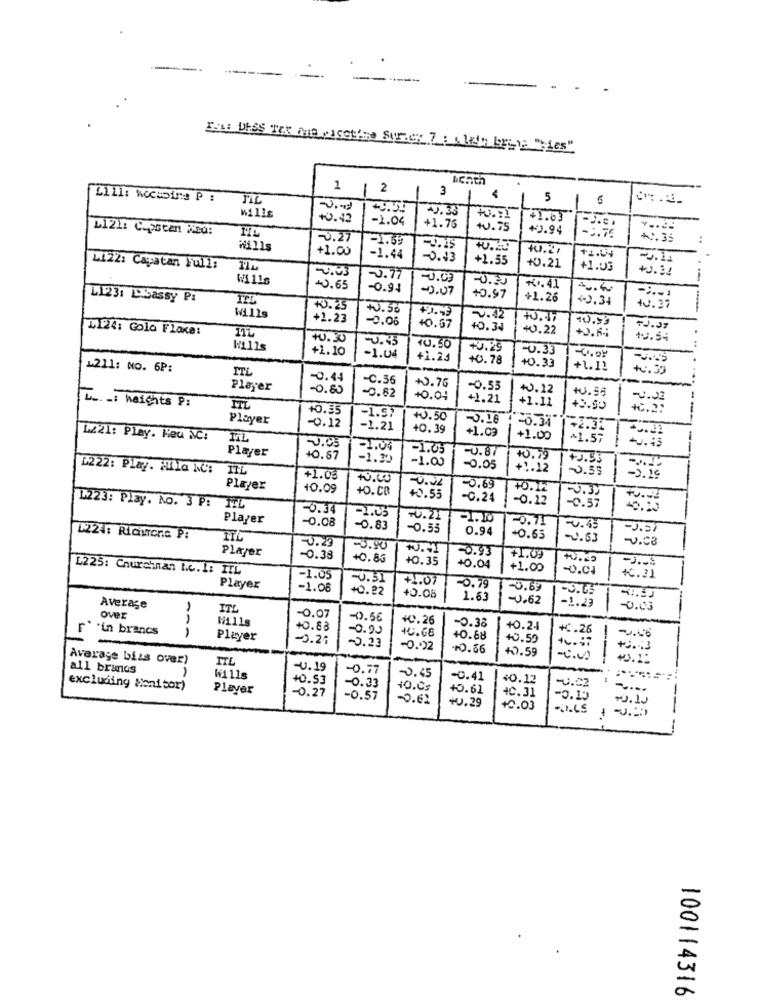
------
Eas DESS TAX Ant Nicotine Suricy 7: sixth breve "Les"
1
1 2
3
Lill: wecabine P :
TIL
5
.,
Wills
20.33
1
+0 .42
-2.04
+1.63
L121: Cepoten Na:
+1.75
+0.75
+2.94
-0.27
-1.39
-3.76
+1.35
+1.00
10.27
-1.44
-0.73
+2.55
+2.04
1422: Capatan Full:
+0.21
+1.03
+0.32
W1116
-0.77
-0.03
-0.30
+0.65
-0.91
-0.07
+7.41
L123: L.Sassy P:
+0.97
+1.26
+0.34
+0.56
V.42
40. 37
Wills
+1.23
-0.06
10.59
L124: Gola Flake:
40.67
40.34
40.22
+ J . R.
72.03
+0.30
-0.35
tu.5
+1.10
10.50
+0.29
20.33
-
-1.04
+1.23
+0.78
1211: NO. 6P:
TTL
+0.33
+1.11
+0.33
-0.44
-C.56
Player
-0.60
-0.62
+0.76
-0.53
+0.12
+0.55
+0.04
+1.21
+1.11
I _ height :
ITL
+0.55
+2.50
Player
-1.97
+0.50
1-8.37
-0.12
-1.21
+0.39
L221: Play. Ked NC!
TIL
+1.03
+1.00
41.57
Player
0.03
-1.06
-1.05
-0.87
+0.67
-1.35
-1.00
+0.79
+2.53
1222: Play. Mila NO:
-0.05
+1.12
41.08
10.00
-0.00
Player
10.09
+O.CB
-0.69
+0.12
-3.30
+0.55
-0.24
-0.12
L223: Play. No. 3 P: 1TL
-0.34
-0.37
Player
-0.08
-0.21
20.71
-0.83
-0.55
0.94
-U.15
-0.51
1224: RiciuTora P:
+0.65
-2.63
-U . C3
Player
-0.29
-0.93
-0.38
+0.85
+0.35
+1.0.
L225: Churchinan Le.1: ITL
+0.04
+1.00
-0.01
-1.05
-0.31
+1.07
₭.21
Player
-1.08
+0.22
-0.79
0.69
-3.05
+5.05
1.63
-0.62
Average
ITL
-1.23
-0.03
Over
-0.07
-0.56
+0.26
* * in brancs
+0.88
-0.00
-0.38
+0.24
+0.26
=0.46
Player
-0.27
-0.23
40.66
+0.68
+0.50
- 0.022
+0.56
+0.59
+3.43
Average biss over)
ITL
all brimos
-U.19
-0.77
+0.53
-0.45
-0.41
40.12
excluding Moni tor)
Player
-0.27
-0.33
+O.C.
+0.61
-U.C2
----
-0.57
-0.62
+0.29
4C.31
-0.15
10.10
+0.03
---
100114316